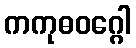
ကကုဓဝဂ္ဂေါ